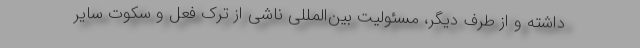
داشته و از طرف دیگر، مسئولیت بین‌المللی ناشی از ترک فعل و سکوت سایر